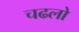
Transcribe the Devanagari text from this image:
चढलो